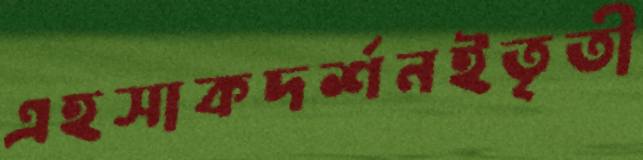
এহসাকদর্শনইতৃতী